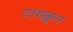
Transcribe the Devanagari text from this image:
टायक्रुन